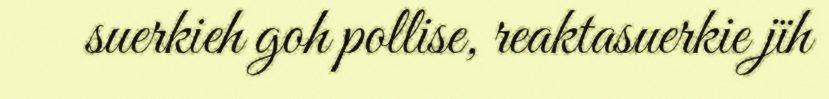
suerkieh goh pollise, reaktasuerkie jïh